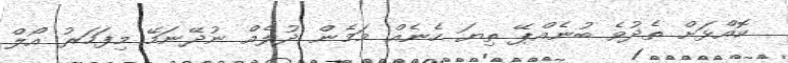
ކޮއްޅަށް ތެދުވެ ބުނެއްޕޭ ތިޔަ ހެނެއް މަމެން ދުލެއް ނުދޭނަމޭ މިފަހަރު އޯލް